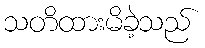
သတိထားမိခဲ့သည်